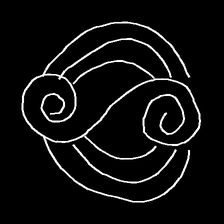
Glyph: wind-underfoot